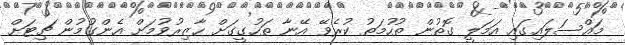
މައްސަލައިގައި އަމަލީ ގޮތުން ތުހުމަތު ކުރެވޭ އޭނާ ތަހުގީގަށް ހާޒިރުވުމަށް އެންގުމުން ޗިޓަށް